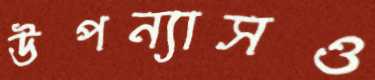
উপন্যাসও